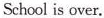
School is over.